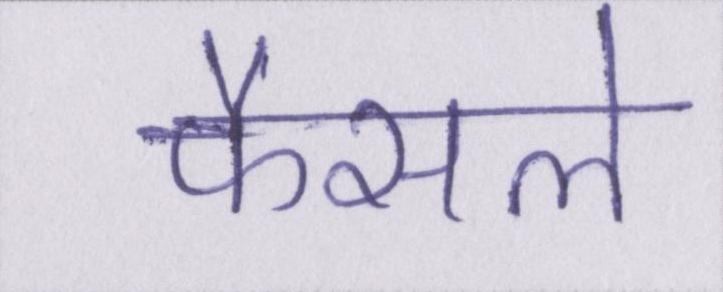
फैसले